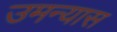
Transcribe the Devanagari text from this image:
उमन्यास